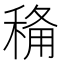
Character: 𮃏